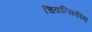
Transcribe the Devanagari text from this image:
चिकत्सिकीय